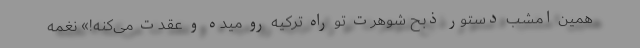
همین امشب دستور ذبح شوهرت تو راه ترکیه رو میده و عقدت می‌کنه!» نغمه